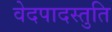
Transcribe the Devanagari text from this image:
वेदपादस्तुति